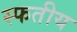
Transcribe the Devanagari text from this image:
स्फतीय